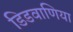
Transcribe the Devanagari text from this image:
डिडवाणिया